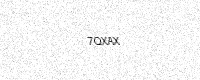
Text: 7QXAX